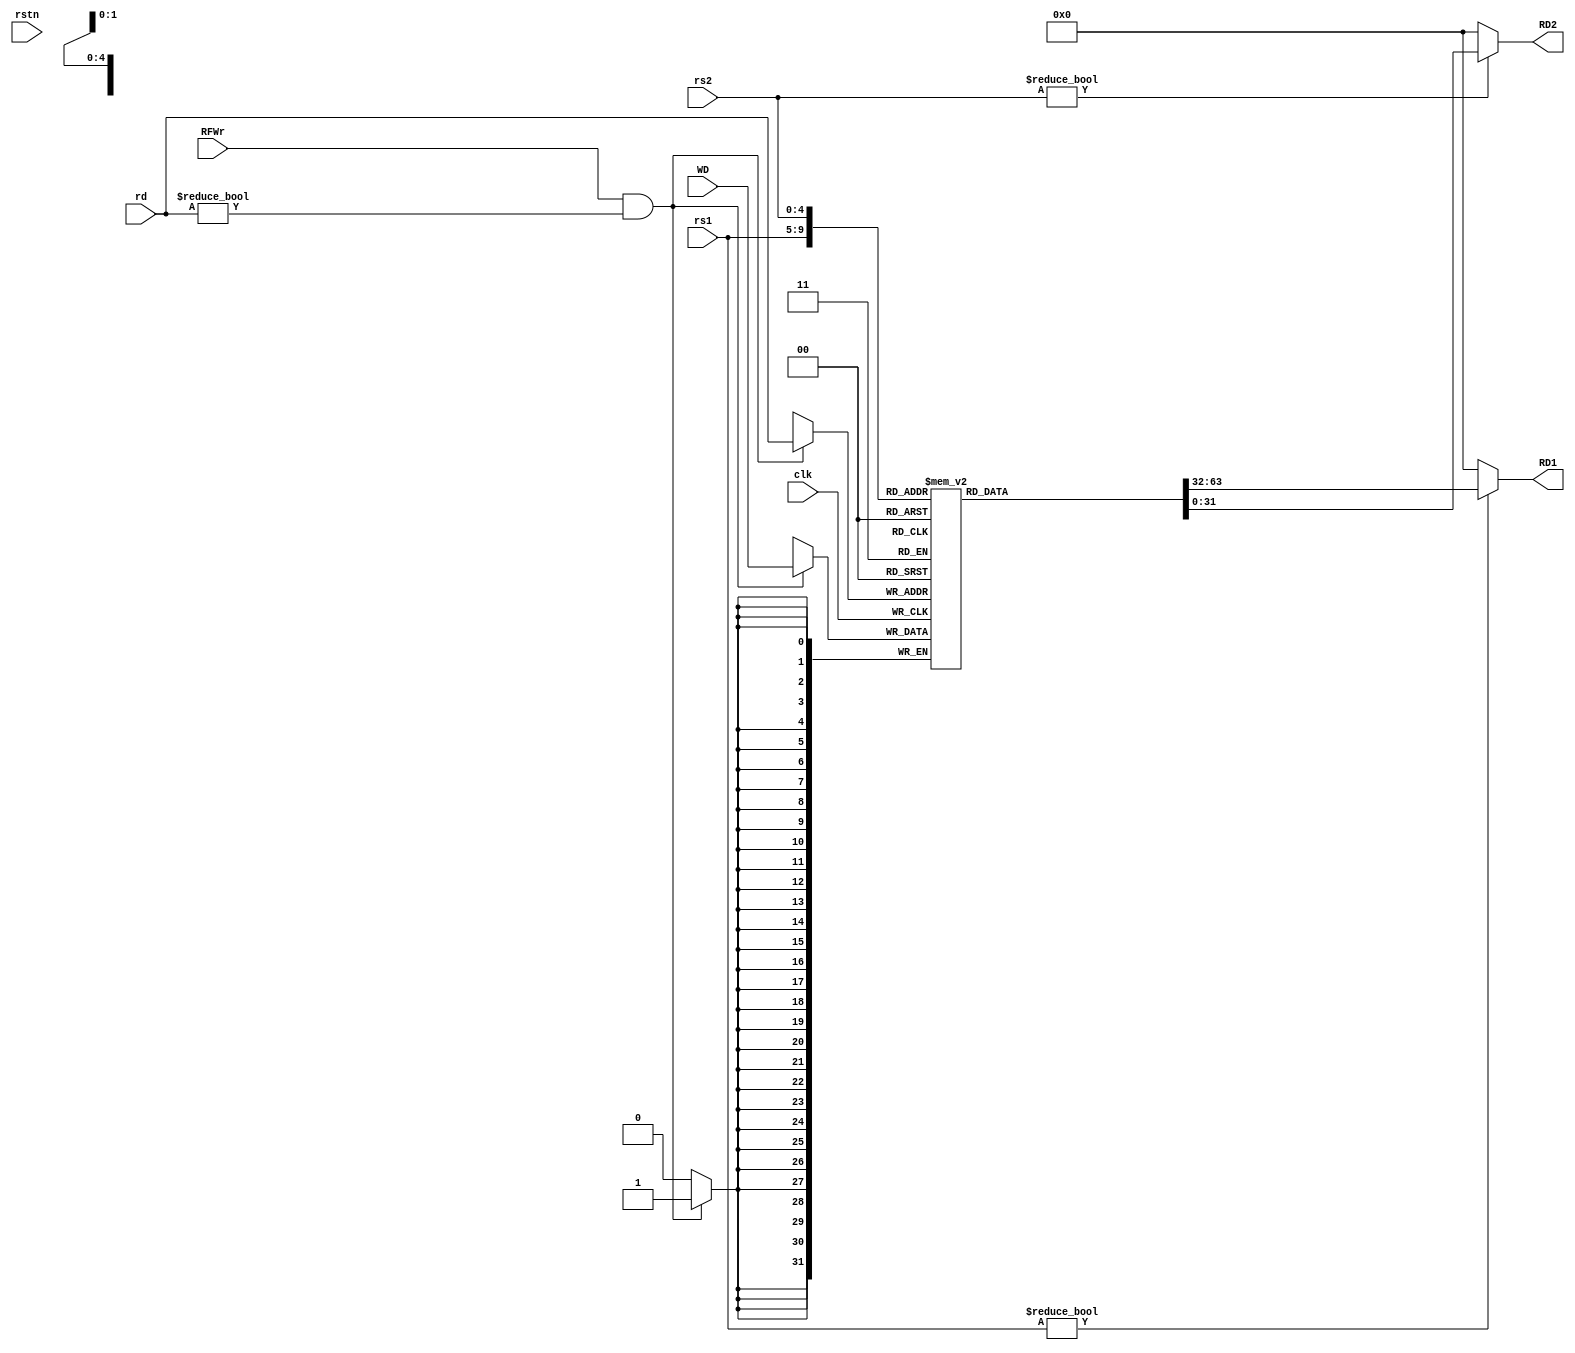
module RF(
    input clk,
    input rstn,
    input RFWr,
    input [4:0] rs1, rs2, rd,
    input [31:0] WD,
    output [31:0] RD1, RD2
);

    reg [31:0] rf[31:0];

    always @(posedge clk)
        if(RFWr && rd != 0) 
            begin
                rf[rd] <= WD;
//              $display("pc = %h: x%d = %h", pc, rd, WD);
            end

    assign RD1 = (rs1 != 0) ? rf[rs1] : 0;
    assign RD2 = (rs2 != 0) ? rf[rs2] : 0;

endmodule